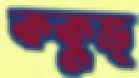
ককুভ্‌